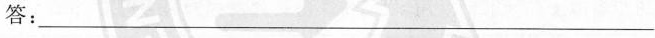
答：___